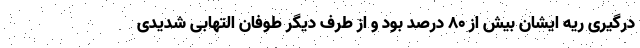
درگیری ریه ایشان بیش از ۸۰ درصد بود و از طرف دیگر طوفان التهابی شدیدی